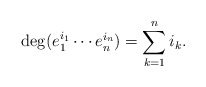
\begin{align*}\mathrm{deg}(e_1^{i_1} \cdots e_n^{i_n}) = \sum_{k=1}^n i_k.\end{align*}